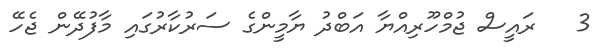
3   ރައީސް ޖުމްހޫރިއްޔާ އަބްދު ޔާމީންގެ ސަރުކާރުގައި މާފުދޭން ޖެހޭ